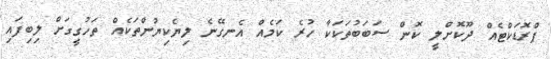
ޕްރޮޑަކްޓެއް ދޫކޮށްލީ ކޮން ސަބަބުތަކަކާ ހުރެ ކަމެއް އެނގޭނެ ލިޔެކިޔުންތަކެއް ތަހުގީގަށް ލިބިފައި